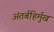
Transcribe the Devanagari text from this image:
अंतर्बहिर्मुख